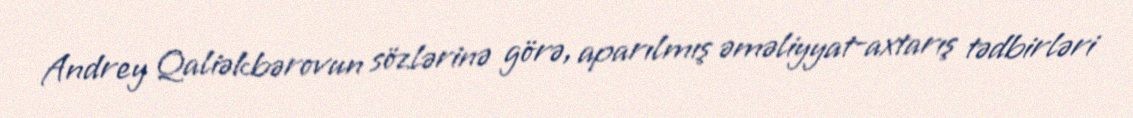
Andrey Qaliəkbərovun sözlərinə görə, aparılmış əməliyyat-axtarış tədbirləri